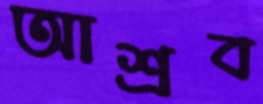
আশ্রব